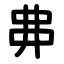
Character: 丳